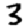
Digit: 3